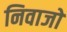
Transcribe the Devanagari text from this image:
निवाजो